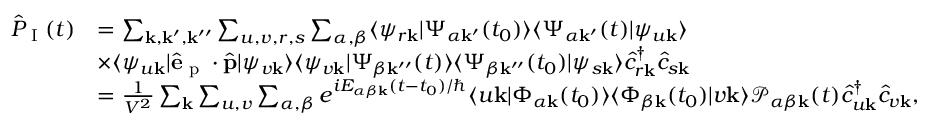
\begin{array} { r l } { \hat { P } _ { \textrm { I } } ( t ) } & { = \sum _ { \mathbf { k , k ^ { \prime } , k ^ { \prime \prime } } } \sum _ { u , v , r , s } \sum _ { \alpha , \beta } \langle \psi _ { r \mathbf { k } } | \Psi _ { \alpha \mathbf { k ^ { \prime } } } ( t _ { 0 } ) \rangle \langle \Psi _ { \alpha \mathbf { k ^ { \prime } } } ( t ) | \psi _ { u \mathbf { k } } \rangle } \\ & { \times \langle \psi _ { u \mathbf { k } } | \hat { \mathbf { e } } _ { \textrm { p } } \cdot \hat { \mathbf { p } } | \psi _ { v \mathbf { k } } \rangle \langle \psi _ { v \mathbf { k } } | \Psi _ { \beta \mathbf { k ^ { \prime \prime } } } ( t ) \rangle \langle \Psi _ { \beta \mathbf { k ^ { \prime \prime } } } ( t _ { 0 } ) | \psi _ { s \mathbf { k } } \rangle \hat { c } _ { r \mathbf { k } } ^ { \dagger } \hat { c } _ { s \mathbf { k } } } \\ & { = \frac { 1 } { V ^ { 2 } } \sum _ { \mathbf { k } } \sum _ { u , v } \sum _ { \alpha , \beta } e ^ { i E _ { \alpha \beta \mathbf { k } } ( t - t _ { 0 } ) / \hbar } \langle u \mathbf { k } | \Phi _ { \alpha \mathbf { k } } ( t _ { 0 } ) \rangle \langle \Phi _ { \beta \mathbf { k } } ( t _ { 0 } ) | v \mathbf { k } \rangle \mathcal { P } _ { \alpha \beta \mathbf { k } } ( t ) \hat { c } _ { u \mathbf { k } } ^ { \dagger } \hat { c } _ { v \mathbf { k } } , } \end{array}